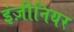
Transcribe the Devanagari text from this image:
इंज़ीनियर